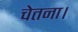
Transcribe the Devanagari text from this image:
चेतना।